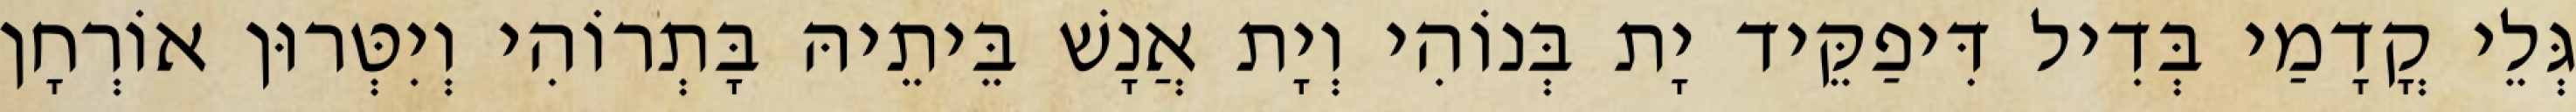
גְּלֵי קֳדָמַי בְּדִיל דִּיפַקֵּיד יָת בְּנוֹהִי וְיָת אֲנָשׁ בֵּיתֵיהּ בָּתְרוֹהִי וְיִטְּרוּן אוֹרְחָן